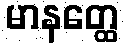
မာနတ္ထေ